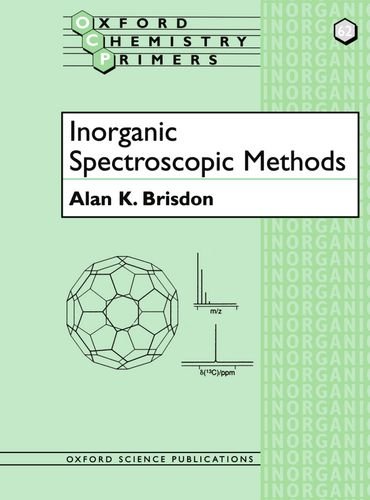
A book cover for Inorganic Spectroscopic Methods (Oxford Chemistry Primers); Alan K. Brisdon; Science & Math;